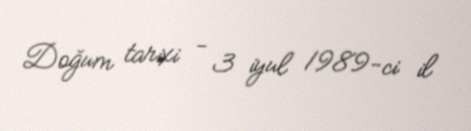
Doğum tarixi - 3 iyul 1989-ci il